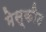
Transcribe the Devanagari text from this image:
मेस्कीट